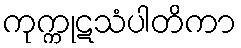
ကုက္ကုဋသံပါတိကာ